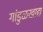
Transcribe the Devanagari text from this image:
गांडुळखाद्य